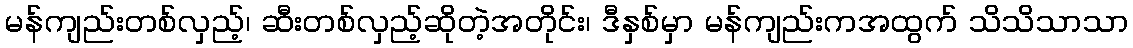
မန်ကျည်းတစ်လှည့်၊ ဆီးတစ်လှည့်ဆိုတဲ့အတိုင်း၊ ဒီနှစ်မှာ မန်ကျည်းကအထွက် သိသိသာသာ